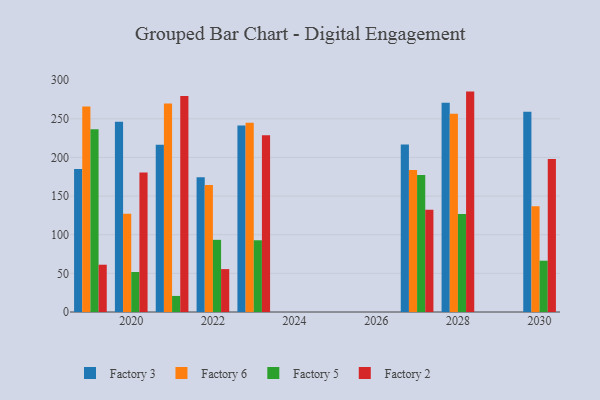
{"axis": {"x": "Year", "y": "Operating Costs (USD K)"}, "legend": ["Factory 2", "Factory 3", "Factory 5", "Factory 6"], "data": [{"x": "2027", "y": 216.7, "type": "Factory 3"}, {"x": "2027", "y": 183.8, "type": "Factory 6"}, {"x": "2027", "y": 177.4, "type": "Factory 5"}, {"x": "2027", "y": 132.3, "type": "Factory 2"}, {"x": "2020", "y": 246.1, "type": "Factory 3"}, {"x": "2020", "y": 127.2, "type": "Factory 6"}, {"x": "2020", "y": 51.8, "type": "Factory 5"}, {"x": "2020", "y": 180.4, "type": "Factory 2"}, {"x": "2021", "y": 216.5, "type": "Factory 3"}, {"x": "2021", "y": 269.9, "type": "Factory 6"}, {"x": "2021", "y": 20.8, "type": "Factory 5"}, {"x": "2021", "y": 279.4, "type": "Factory 2"}, {"x": "2019", "y": 185.1, "type": "Factory 3"}, {"x": "2019", "y": 265.9, "type": "Factory 6"}, {"x": "2019", "y": 236.4, "type": "Factory 5"}, {"x": "2019", "y": 61.2, "type": "Factory 2"}, {"x": "2023", "y": 241.3, "type": "Factory 3"}, {"x": "2023", "y": 244.9, "type": "Factory 6"}, {"x": "2023", "y": 92.8, "type": "Factory 5"}, {"x": "2023", "y": 228.8, "type": "Factory 2"}, {"x": "2022", "y": 174.3, "type": "Factory 3"}, {"x": "2022", "y": 164.2, "type": "Factory 6"}, {"x": "2022", "y": 93.4, "type": "Factory 5"}, {"x": "2022", "y": 55.5, "type": "Factory 2"}, {"x": "2028", "y": 270.7, "type": "Factory 3"}, {"x": "2028", "y": 256.6, "type": "Factory 6"}, {"x": "2028", "y": 126.9, "type": "Factory 5"}, {"x": "2028", "y": 285.2, "type": "Factory 2"}, {"x": "2030", "y": 259.2, "type": "Factory 3"}, {"x": "2030", "y": 136.9, "type": "Factory 6"}, {"x": "2030", "y": 66.4, "type": "Factory 5"}, {"x": "2030", "y": 197.9, "type": "Factory 2"}]}